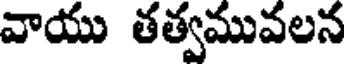
వాయు తత్వమువలన